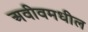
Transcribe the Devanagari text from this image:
अवीवमधील